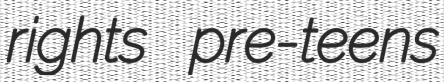
rights pre-teens